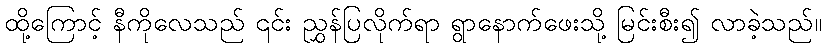
ထို့ကြောင့် နီကိုလေသည် ၎င်း ညွှန်ပြလိုက်ရာ ရွာနောက်ဖေးသို့ မြင်းစီး၍ လာခဲ့သည်။